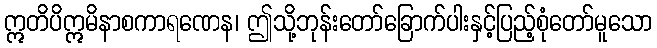
ဣတိပိဣမိနာစကာရဏေန၊ ဤသို့ဘုန်းတော်ခြောက်ပါးနှင့်ပြည့်စုံတော်မူသော